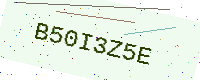
Text: B50I3Z5E